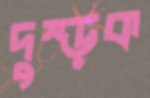
দুম্‌ড়ক